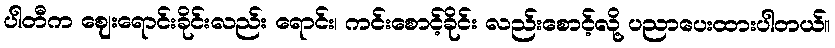
ပါတီက ဈေးရောင်းခိုင်းလည်း ရောင်း၊ ကင်းစောင့်ခိုင်း လည်းစောင့်လို့ ပညာပေးထားပါတယ်။